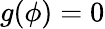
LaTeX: g(\phi)=0